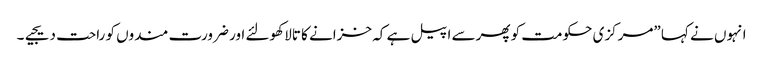
انہوں نے کہا ”مرکزی حکومت کو پھرسے اپیل ہے کہ خزانے کا تالا کھولئے اور ضرورت مندوں کو راحت دیجیے۔